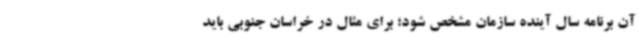
آن برنامه سال آینده سازمان مشخص شود؛ برای مثال در خراسان جنوبی باید